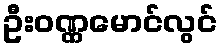
ဦးဝဏ္ဏမောင်လွင်